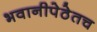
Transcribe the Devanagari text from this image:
भवानीपेठेतच